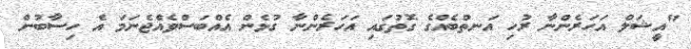
"އީޝަލް އަހަރެންނާ ރުހި އަނތްބެއްގެ ގޮތުގައި އަހަރެންނާ ގުޅެން އެއްބަސްވެއްޖެނަމަ އެ ހިސާބުން